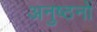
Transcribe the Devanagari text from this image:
अनुष्ठनों